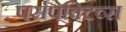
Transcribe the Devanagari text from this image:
पर्सपेक्टिव्स